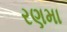
રણમા